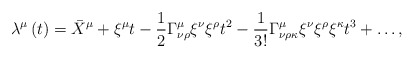
\begin{align*}\lambda^\mu \left( t\right) = \bar{X}^\mu +\xi^\mu t -\frac{1}{2}\Gamma^{\mu}_{\nu\rho} \xi^\nu\xi^\rho t^2 -\frac{1}{3!}\Gamma^\mu_{\nu\rho\kappa}\xi^\nu\xi^\rho\xi^\kappa t^3 +\ldots ,\end{align*}